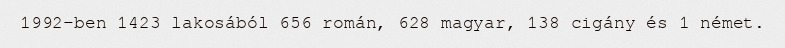
1992-ben 1423 lakosából 656 román, 628 magyar, 138 cigány és 1 német.